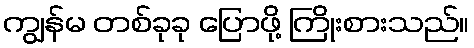
ကျွန်မ တစ်ခုခု ပြောဖို့ ကြိုးစားသည်။